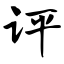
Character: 评